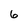
Character: 6